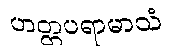
ဟတ္ထပရာမာသံ